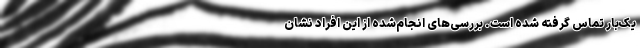
یک‌بار تماس گرفته شده است. بررسی‌های انجام‌شده از این افراد نشان